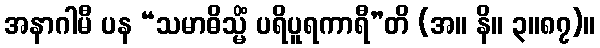
အနာဂါမီ ပန “သမာဓိသ္မိံ ပရိပူရကာရီ”တိ (အ။ နိ။ ၃။၈၇)။